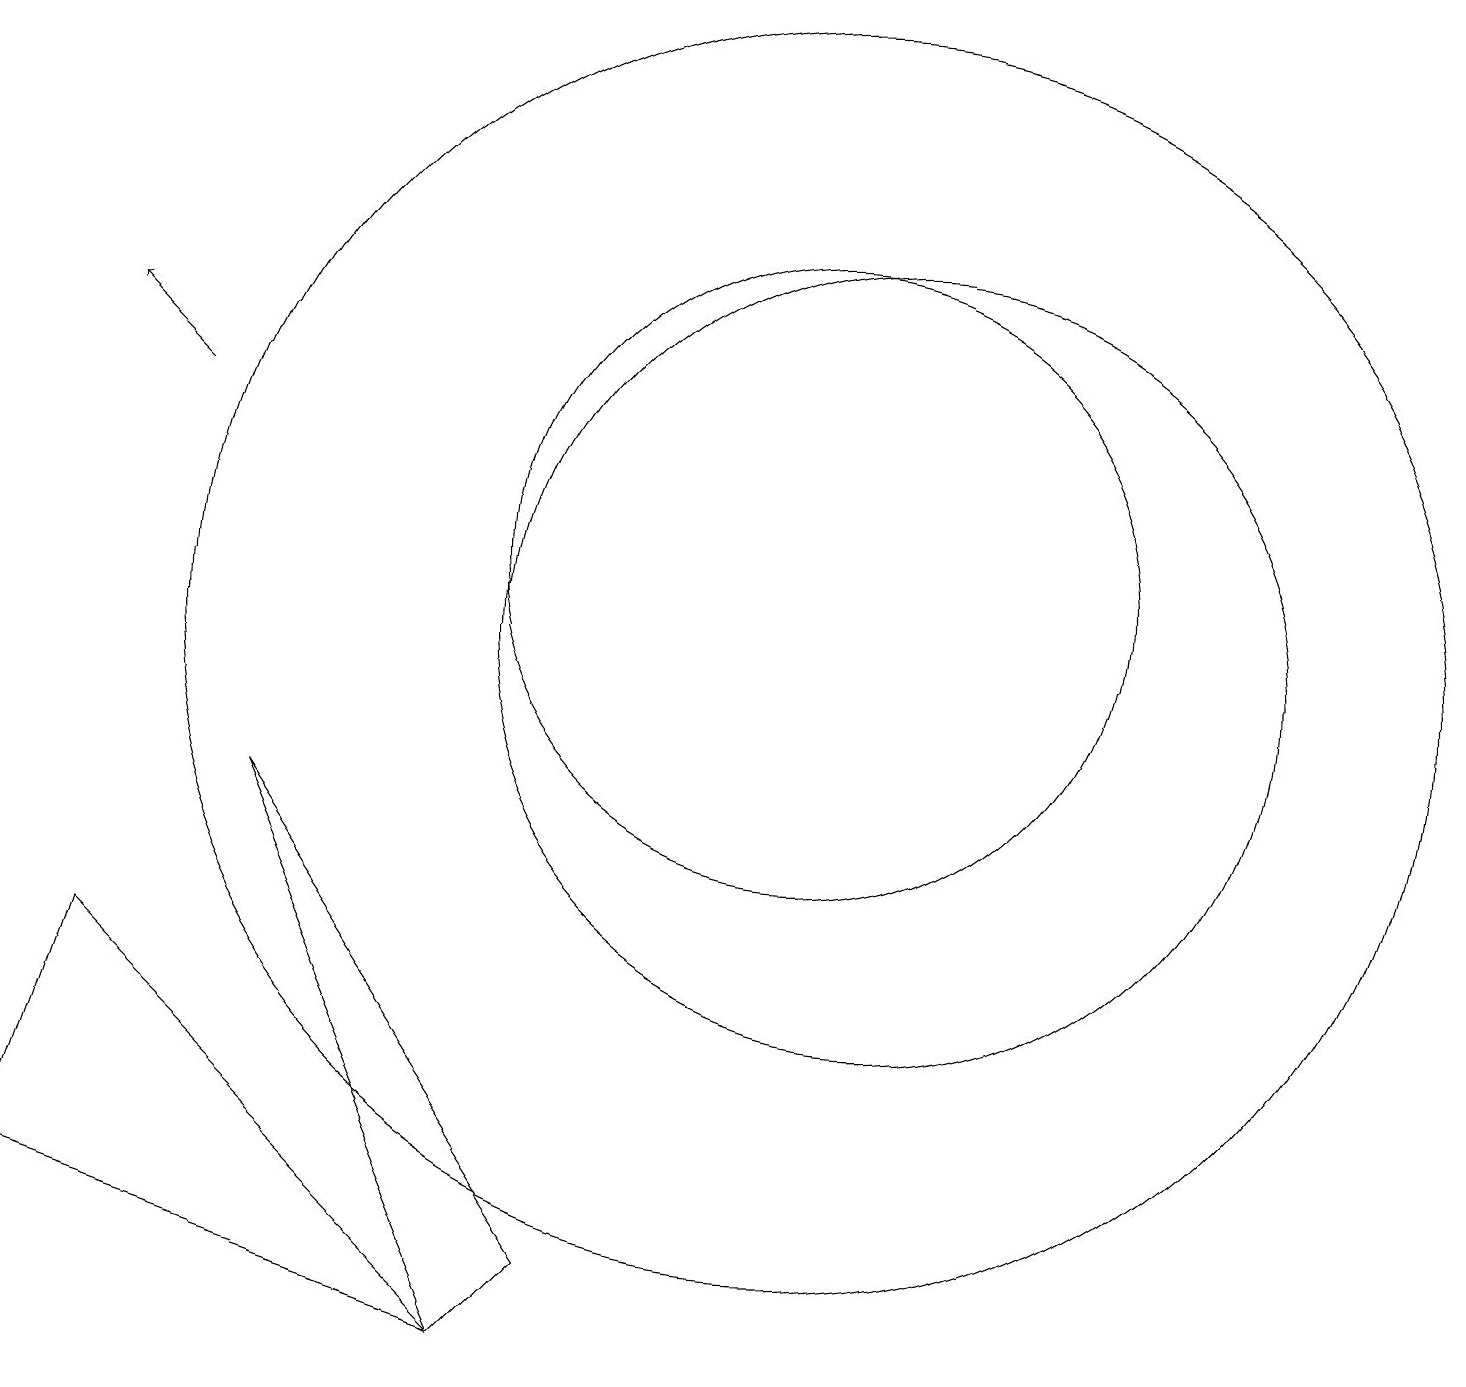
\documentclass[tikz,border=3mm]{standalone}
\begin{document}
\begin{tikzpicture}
\draw (6,1) -- (7,2) -- (3,8) -- cycle;
\draw (10,10) circle (8);
\draw[->] (2,13) -- (1,14);
\draw (11,10) circle (5);
\draw (10,11) circle (4);
\draw (0,3) -- (6,1) -- (1,6) -- cycle;
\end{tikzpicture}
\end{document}